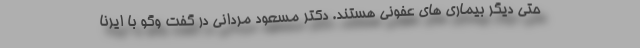
حتی دیگر بیماری های عفونی هستند. دکتر مسعود مردانی در گفت وگو با ایرنا